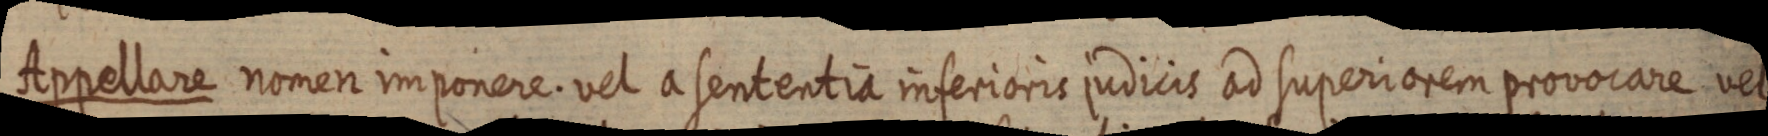
Appellare nomen imponere. vel a sententia inferioris judicis ad superiorem provocare vel